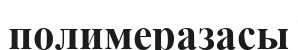
полимеразасы